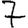
Digit: 7